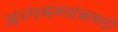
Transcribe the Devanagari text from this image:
अल्पसंख्यांकासाठी